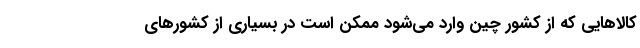
کالاهایی که از کشور چین وارد می‌شود ممکن است در بسیاری از کشورهای